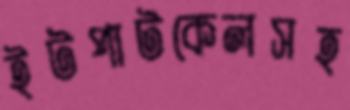
ইটপাটকেলসহ